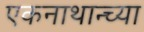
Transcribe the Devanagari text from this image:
एकनाथान्च्या